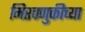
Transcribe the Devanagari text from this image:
मिरवणुकीच्या